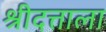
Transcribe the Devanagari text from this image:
श्रीदत्ताला